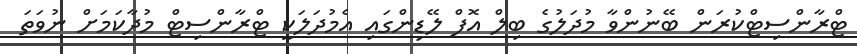
ޓްރާންސިޓްކުރަން ބޭނުންވާ މުދަލުގެ ބިލް އޮފް ލޭޑިންގައި އެމުދަލަކީ ޓްރާންސިޓް މުދާކަމަށް ނުވަތަ